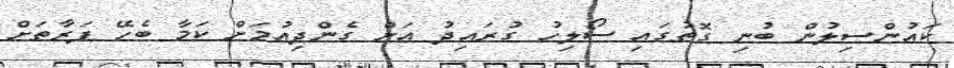
ކައުންސިލުން ބުނި ގޮތުގައި ސޯލިހު ގުރައިދު އަށް ގެންދިއުމަށް ކަމާ ބެހޭ ފަރާތަށް